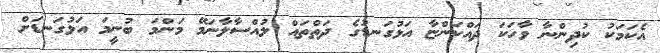
އެކަމަކު ކުދިންނާ ވާހަކަ ދައްކަންޏާ އަޅުގަނޑުގެ ދަތްތައް ލުއްސާލާނަމޭ މަންމަ ބުނީމަ އަޅުގަނޑަށް